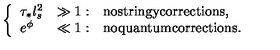
\left\{ \begin{array} { l l l } { \tau _ { * } l _ { s } ^ { 2 } } & { \gg 1 : } & { \mathrm { n o s t r i n g y c o r r e c t i o n s , } } \\ { e ^ { \phi } } & { \ll 1 : } & { \mathrm { n o q u a n t u m c o r r e c t i o n s . } } \\ \end{array} \right.